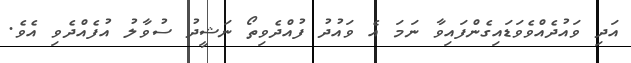
އަދި ވައުދެއްވެވަޑައިގެންފައިވާ ނަމަ އެ ވައުދު ފުއްދެވިތޯ ނަޝީދު ސުވާލު އުފެއްދެވި އެވެ.